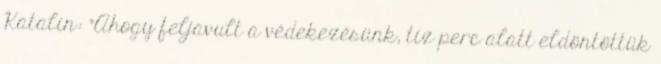
Katalin: "Ahogy feljavult a védekezésünk, tíz perc alatt eldöntöttük